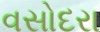
વસોદરા